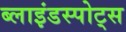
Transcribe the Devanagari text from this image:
ब्लाइंडस्पोट्स